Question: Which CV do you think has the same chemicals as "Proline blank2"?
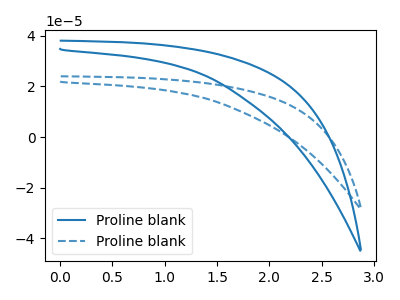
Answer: <think>The blue curve "Proline blank1" has no peaks. The blue dashed curve "Proline blank2" has no peaks.
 Neither "Proline blank1" or "Proline blank2" have any peaks.</think>
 <answer>The CV with the most similar shape to "Proline blank1" is "Proline blank2".</answer>
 <eval>"Proline blank2"</eval>